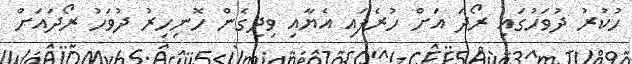
ހުކުރު ދުވަހުގައި ރޯދަ އަށް ހުރެފައި އެޔާއި ވިދިގެން ހޮނިހިރު ދުވަހު ރޯދައަށް